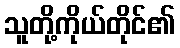
သူတို့ကိုယ်တိုင်၏